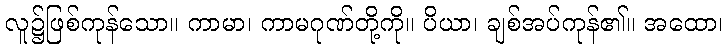
လူ၌ဖြစ်ကုန်သော။ ကာမာ၊ ကာမဂုဏ်တို့ကို။ ပိယာ၊ ချစ်အပ်ကုန်၏။ အထော၊